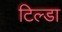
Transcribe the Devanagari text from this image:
टिल्डा